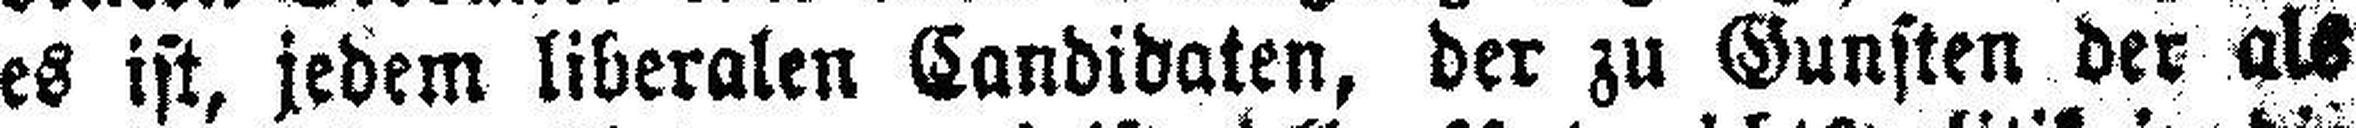
es ist, jedem liberalen Candidaten, der zu Gunsten der als